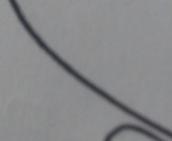
Signature authenticity: forged